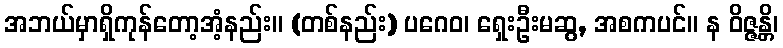
အဘယ်မှာရှိကုန်တော့အံ့နည်း။ (တစ်နည်း) ပဂေဝ၊ ရှေးဦးမဆွ, အစကပင်။ န ဝိဇ္ဇန္တိ၊